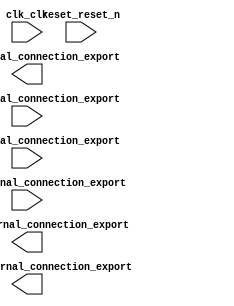

module first_nios2_system (
	clk_clk,
	reset_reset_n,
	load_external_connection_export,
	bicr_external_connection_export,
	bics_external_connection_export,
	transmit_external_connection_export,
	datain_external_connection_export,
	dataout_external_connection_export);	

	input		clk_clk;
	input		reset_reset_n;
	output		load_external_connection_export;
	input	[3:0]	bicr_external_connection_export;
	input	[3:0]	bics_external_connection_export;
	output		transmit_external_connection_export;
	input	[7:0]	datain_external_connection_export;
	output	[7:0]	dataout_external_connection_export;
endmodule